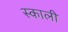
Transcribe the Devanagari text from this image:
स्काली